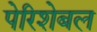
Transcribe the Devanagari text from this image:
पेरिशेबल